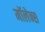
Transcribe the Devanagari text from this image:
मॉलेन्स